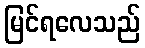
မြင်ရလေသည်